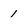
Character: 1